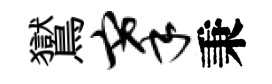
鸑搴秉